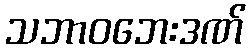
သဘာဝဘေးဒဏ်